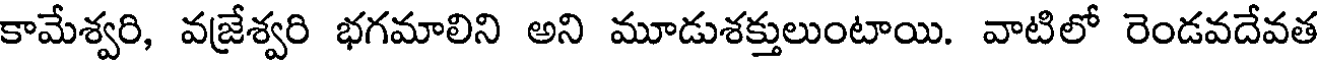
కామేశ్వరి, వజ్రేశ్వరి భగమాలిని అని మూడుశక్తులుంటాయి. వాటిలో రెండవదేవత